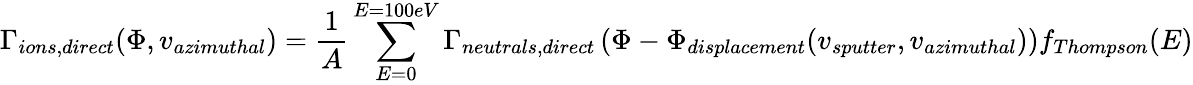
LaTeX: \Gamma_{ions,direct}(\Phi,v_{azimuthal})=\frac{1}{A}\sum_{E=0}^{E=100eV}\Gamma_{neutrals,direct}\left(\Phi-\Phi_{displacement}(v_{sputter},v_{azimuthal})\right)f_{Thompson}(E)